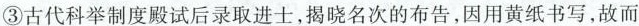
③古代科举制度殿试后录取进士，揭晓名次的布告，因用黄纸书写，故而